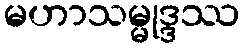
မဟာသမ္မုဒ္ဒဿ